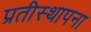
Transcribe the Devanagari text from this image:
प्रतीस्थापना